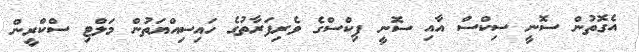
އެގޮތުން ސޮނީ ސިކްސް އާއި ސޮނީ ޕިކްސްގެ ވެރިފަރާތުގެ ހައިސިއްޔަތުން މަލްޓި ސްކްރީން